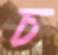
চ